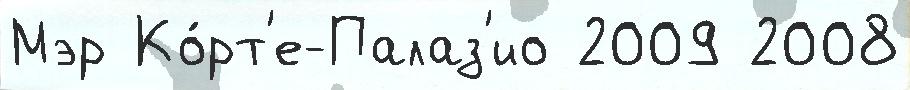
Мэр Ко́рт'е-Палаз'ио 2009 2008